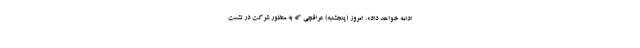
ادامه خواهد داد». امروز (پنجشنبه) عراقچی که به منظور شرکت در نشست